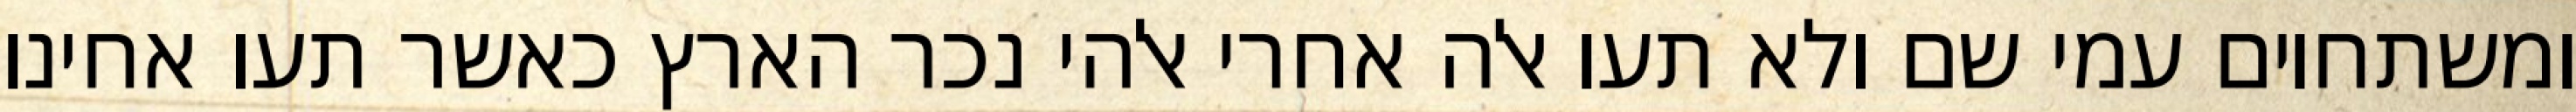
ומשתחוים עמי שם ולא תעו אלה אחרי אלהי נכר הארץ כאשר תעו אחינו